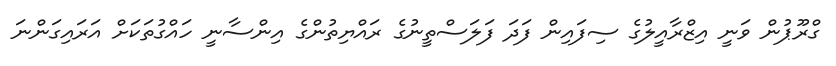
ގްރޫޕުން ވަނީ އިޒްރާއީލުގެ ސިފައިން ފަދަ ފަލަސްތީނުގެ ރައްޔިތުންގެ އިންސާނީ ހައްގުތަކަށް އަރައިގަންނަ